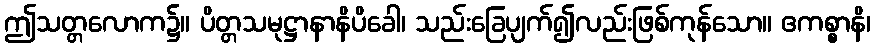
ဤသတ္တလောက၌။ ပိတ္တသမုဋ္ဌာနာနိပိခေါ၊ သည်းခြေပျက်၍လည်းဖြစ်ကုန်သော။ ဧကစ္စာနိ၊